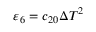
{ { \varepsilon } _ { 6 } } = { { c } _ { 2 0 } } { { \Delta T } ^ { 2 } }